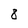
Character: 8